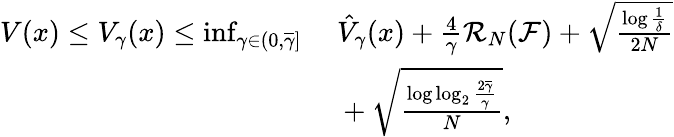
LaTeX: \begin{array}{rl}{V(x)\leq V_{\gamma}(x)\leq\operatorname*{inf}_{\gamma\in(0,\overline{{\gamma}}]}}&{\ \hat{V}_{\gamma}(x)+\frac{4}{\gamma}\mathcal{R}_{N}(\mathcal{F})+\sqrt{\frac{\log\frac{1}{\delta}}{2N}}}\\ &{\ +\sqrt{\frac{\log\log_{2}\frac{2\overline{{\gamma}}}{\gamma}}{N}},}\end{array}